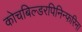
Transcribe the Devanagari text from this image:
कोचबिल्डरपिनिन्फरिना